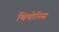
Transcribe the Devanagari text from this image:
थियोरिस